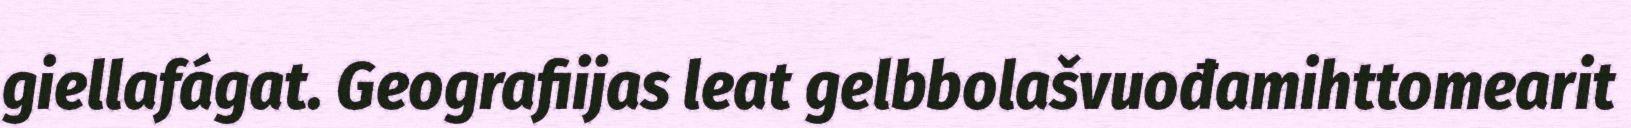
giellafágat. Geografiijas leat gelbbolašvuođamihttomearit